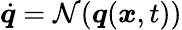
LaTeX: \dot{\boldsymbol{q}}=\mathcal{N}(\boldsymbol{q}(\boldsymbol{x},t))